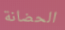
الحضانة